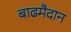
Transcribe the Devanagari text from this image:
बाढमैदान